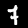
Label: 7